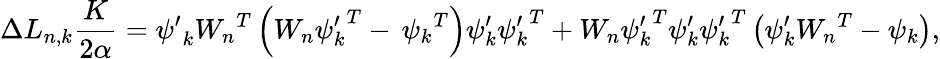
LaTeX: \Delta L_{n,k}\frac{K}{2\alpha}={\psi^{\prime}}_{k}{W_{n}}^{T}\left({W_{n}}{\psi_{k}^{\prime}}^{T}-\, {\psi_{k}}^{T}\right){\psi_{k}^{\prime}}{\psi_{k}^{\prime}}^{T}+{W_{n}}{\psi_{k}^{\prime}}^{T}{\psi_{k}^{\prime}}{\psi_{k}^{\prime}}^{T}\left({\psi_{k}^{\prime}}{W_{n}}^{T}-{\psi_{k}}\right),